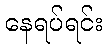
နေရပ်ရင်း